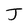
Character: J